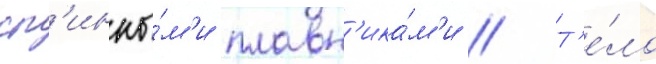
сп'инны́м'и плавн'ика́м'и // Т'е́ло